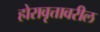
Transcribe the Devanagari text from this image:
होरावृत्तावरील